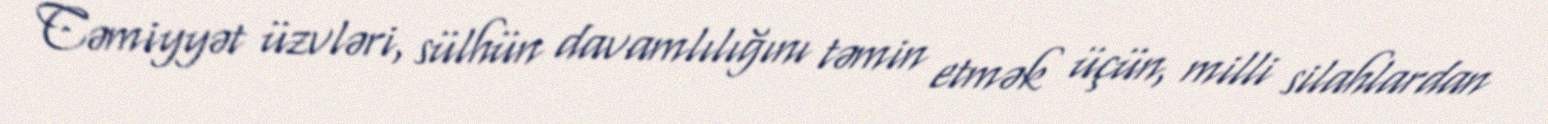
Cəmiyyət üzvləri, sülhün davamlılığını təmin etmək üçün, milli silahlardan